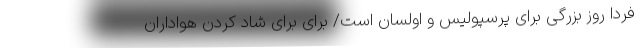
فردا روز بزرگی برای پرسپولیس و اولسان است/ برای برای شاد کردن هواداران